Scientific memoirs by medical officers of the Army of India - Part V,
Year: 1890
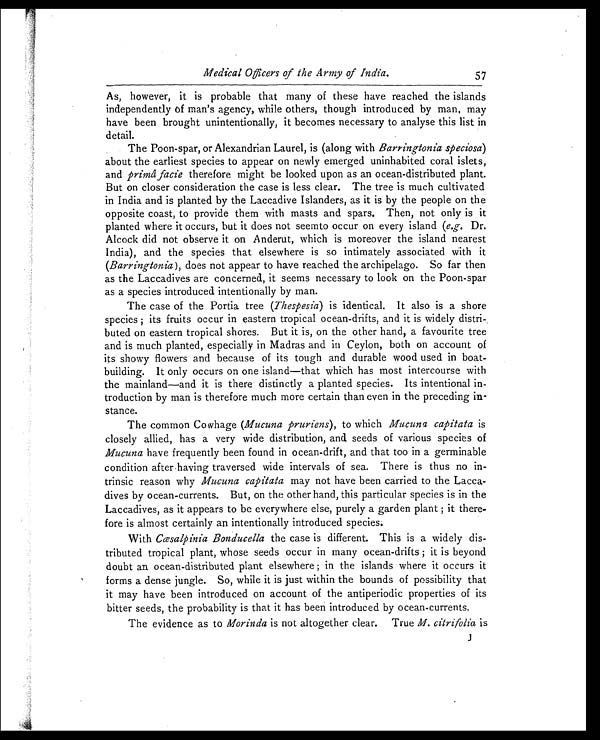
Medical Officers of the Army of India.
57
As, however, it is probable that many of these have reached the islands
independently of man's agency, while others, though introduced by man, may
have been brought unintentionally, it becomes necessary to analyse this list in
detail.
The Poon-spar, or Alexandrian Laurel, is (along with Barringtonia speciosa)
about the earliest species to appear on newly emerged uninhabited coral islets,
and primâ facie therefore might be looked upon as an ocean-distributed plant.
But on closer consideration the case is less clear. The tree is much cultivated
in India and is planted by the Laccadive Islanders, as it is by the people on the
opposite coast, to provide them with masts and spars. Then, not only is it
planted where it occurs, but it does not seemto occur on every island ( e.g. Dr.
Alcock did not observe it on Anderut, which is moreover the island nearest
India), and the species that elsewhere is so intimately associated with it
(Barringtonia) , does not appear to have reached the archipelago. So far then
as the Laccadives are concerned, it seems necessary to look on the Poon-spar
as a species introduced intentionally by man.
The case of the Portia tree (Thespesia) is identical. It also is a shore
species; its fruits occur in eastern tropical ocean-drifts, and it is widely distri
- b u t e d o n e a s t e r n t r o p i c a l s h o r e s . B u t i t i s , o n t h e o t h e r h a n d , a f a v o u r i t e t r e e
and is much planted, especially in Madras and in Ceylon, both on account of
its showy flowers and because of its tough and durable wood used in boat-
building. It only occurs on one island—that which has most intercourse with
the mainland—and it is there distinctly a planted species. Its intentional in
- troduction by man is therefore much more certain than even in the preceding in
- s t a n c e .
The common Cowhage (Mucuna pruriens) , to which Mucuna capitata is
closely allied, has a very wide distribution, and seeds of various species of
Mucuna have frequently been found in ocean-drift, and that too in a germinable
condition after having traversed wide intervals of sea. There is thus no in
- t r i n s i c r e a s o n w h y
M u c u n a c a p i t a t a
may not have been carried to the Lacca
- d i v e s b y o c e a n - c u r r e n t s . B u t , o n t h e o t h e r h a n d , t h i s p a r t i c u l a r s p e c i e s i s i n t h e
Laccadives, as it appears to be everywhere else, purely a garden plant; it there
- f o r e i s a l m o s t c e r t a i n l y a n i n t e n t i o n a l l y i n t r o d u c e d s p e c i e s .
With Cœsalpinia Bonducella the case is different. This is a widely dis
- t r i b u t e d t r o p i c a l p l a n t , w h o s e s e e d s o c c u r i n m a n y o c e a n - d r i f t s ; i t i s b e y o n d
doubt an ocean-distributed plant elsewhere; in the islands where it occurs it
forms a dense jungle. So, while it is just within the bounds of possibility that
it may have been introduced on account of the antiperiodic properties of its
bitter seeds, the probability is that it has been introduced by ocean-currents.
The evidence as to Morinda is not altogether clear. True M. citrifoliai s
J